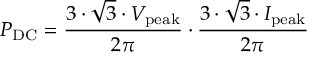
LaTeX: P _ { \mathrm { D C } } = { \frac { 3 \cdot { \sqrt { 3 } } \cdot V _ { \mathrm { p e a k } } } { 2 \pi } } \cdot { \frac { 3 \cdot { \sqrt { 3 } } \cdot I _ { \mathrm { p e a k } } } { 2 \pi } }